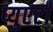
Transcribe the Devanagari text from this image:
प्युएर्टा